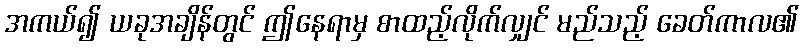
အကယ်၍ ယခုအချိန်တွင် ဤနေရာမှ စာထည့်လိုက်လျှင် မည်သည့် ခေတ်ကာလ၏